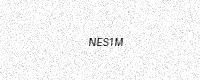
Text: NES1M